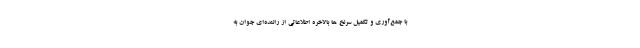
با جمع‌آوری و تکمیل سرنخ ها بالاخره اطلاعاتی از راننده‌ای جوان به